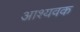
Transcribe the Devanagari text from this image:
आश्यवक